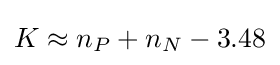
K\approx n_{P}+n_{N}-3.48